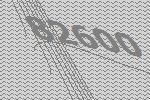
82600